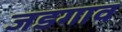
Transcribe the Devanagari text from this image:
जडगाव